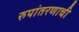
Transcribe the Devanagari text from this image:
रुपांतरणाची